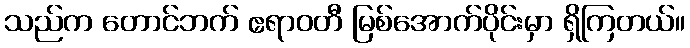
သည်က တောင်ဘက် ဧရာဝတီ မြစ်အောက်ပိုင်းမှာ ရှိကြတယ်။